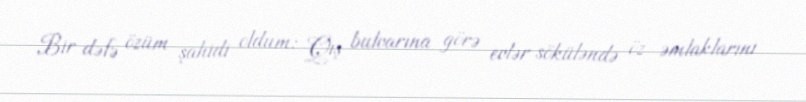
Bir dəfə özüm şahidi oldum: Qış bulvarına görə evlər söküləndə öz əmlaklarını